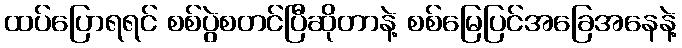
ထပ်ပြောရရင် စစ်ပွဲစတင်ပြီဆိုတာနဲ့ စစ်မြေပြင်အခြေအနေနဲ့